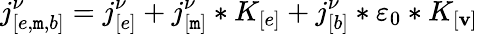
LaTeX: j_{[e,\mathtt{m},b]}^{\nu}=j_{[e]}^{\nu}+j_{[\mathtt{m}]}^{\nu}*K_{[e]}+j_{[b]}^{\nu}*\varepsilon_{0}*K_{[\mathbf{v}]}